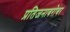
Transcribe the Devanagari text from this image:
प्रतिजनाबरोबर